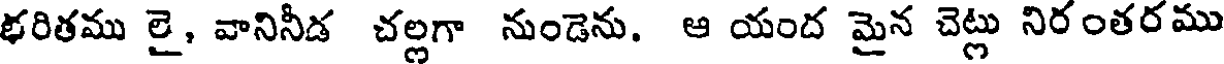
భరితము లై, వానినీడ చల్లగా నుండెను. ఆ యంద మైన చెట్లు నిరంతరము